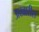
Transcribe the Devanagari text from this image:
अखारीस